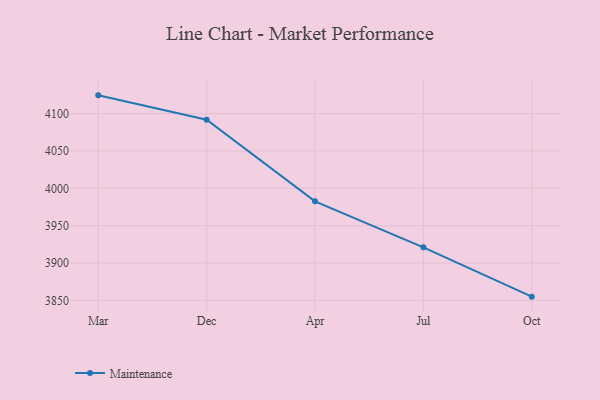
{"axis": {"x": "Month", "y": "LTV (USD)"}, "legend": ["Maintenance"], "data": [{"x": "Mar", "y": 4124.4, "type": "Maintenance"}, {"x": "Dec", "y": 4091.7, "type": "Maintenance"}, {"x": "Apr", "y": 3982.6, "type": "Maintenance"}, {"x": "Jul", "y": 3921.0, "type": "Maintenance"}, {"x": "Oct", "y": 3855.0, "type": "Maintenance"}]}